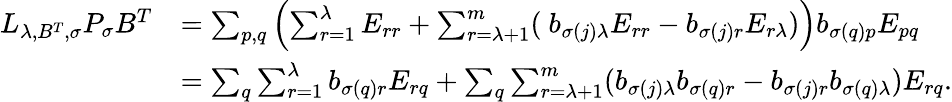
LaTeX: \begin{array}{rl}{L_{\lambda,B^{T},\sigma}P_{\sigma}B^{T}}&{=\sum_{p,q}\left(\sum_{r=1}^{\lambda}E_{rr}+\sum_{r=\lambda+1}^{m}(\ b_{\sigma(j)\lambda}E_{rr}-b_{\sigma(j)r}E_{r\lambda})\right)b_{\sigma(q)p}E_{pq}}\\ &{=\sum_{q}\sum_{r=1}^{\lambda}b_{\sigma(q)r}E_{rq}+\sum_{q}\sum_{r=\lambda+1}^{m}(b_{\sigma(j)\lambda}b_{\sigma(q)r}-b_{\sigma(j)r}b_{\sigma(q)\lambda})E_{rq}.}\end{array}